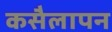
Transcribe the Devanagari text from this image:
कसैलापन